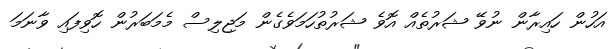
އަހުން ހައިރާން ނުވޭ ޝަރުތެއް އޮވެ ޝަރުތުހަމަވެގެން މަޖިލިސް މެމަބަރުން ހޮވިފައި ވާނަމަ